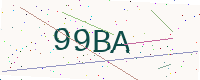
Text: 99BA